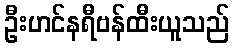
ဦးဟင်နရီဗန်ထီးယူသည်